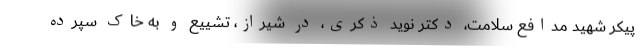
پیکر شهید مدافع سلامت، دکتر نوید ذکری، در شیراز، تشییع و به خاک سپرده